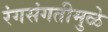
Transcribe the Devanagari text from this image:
रंगसंगतीमुळे